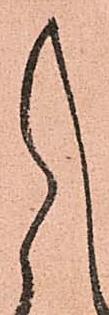
し